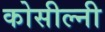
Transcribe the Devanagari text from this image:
कोसील्नी